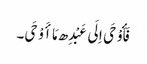
فَأَوْحَی اِلَی عَبْدِھ مَا أَوْحَی۔